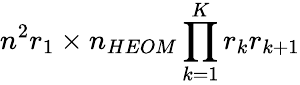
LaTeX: n^{2}r_{1}\times n_{HEOM}\prod_{k=1}^{K}r_{k}r_{k+1}